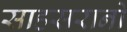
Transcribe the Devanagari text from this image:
साहसरानो